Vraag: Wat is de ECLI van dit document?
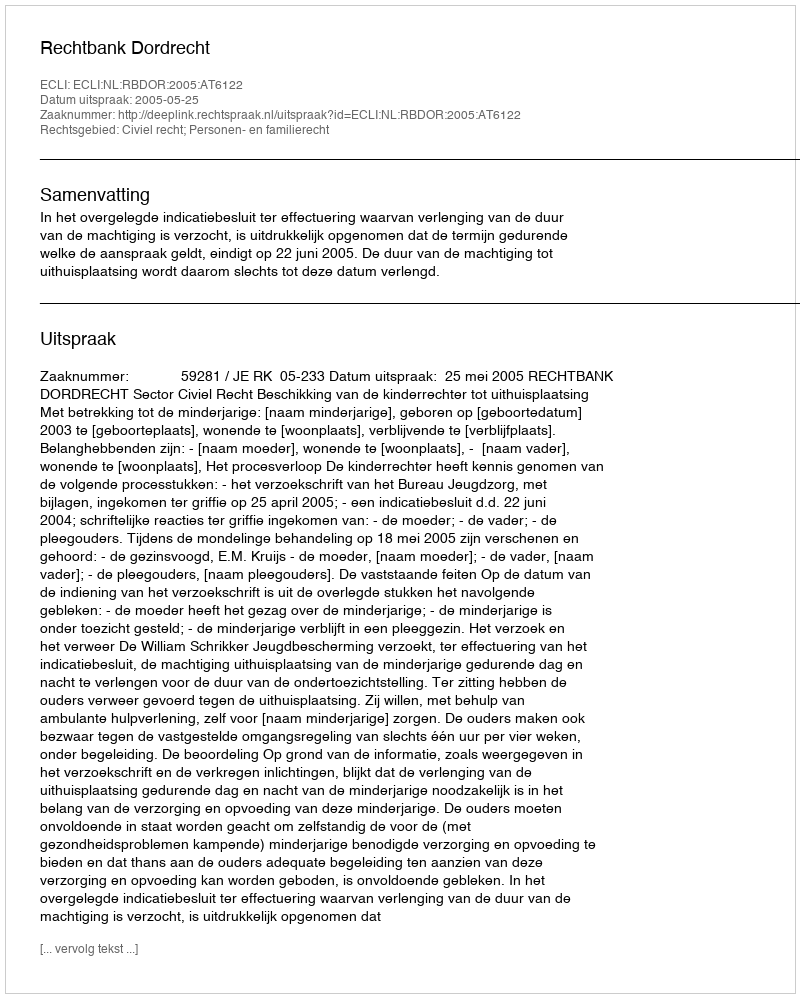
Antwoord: ECLI:NL:RBDOR:2005:AT6122